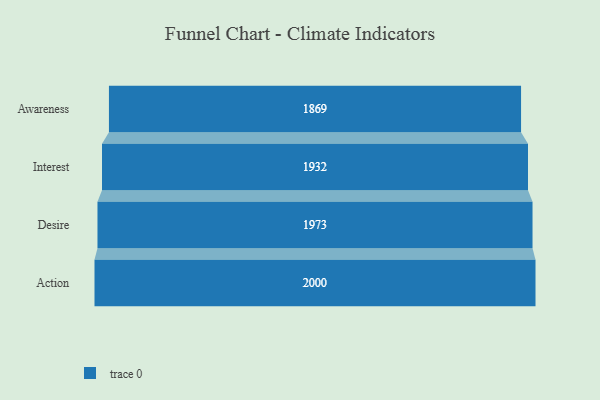
{"axis": {"x": "Stage", "y": "Value"}, "legend": [""], "data": [{"x": "Awareness", "y": 1869.0, "type": ""}, {"x": "Interest", "y": 1932.0, "type": ""}, {"x": "Desire", "y": 1973.0, "type": ""}, {"x": "Action", "y": 2000, "type": ""}]}